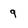
Character: 9